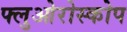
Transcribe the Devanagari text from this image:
फ्लुओरोस्कोप